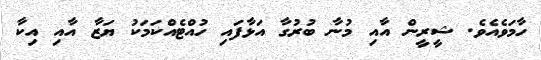
ހާމަވެއެވެ. ޝީރީން އާއި މުނާ ބުރުގާ އަޅާފައި ހުއްޓެއްކަމަކު ޔަޒާ އާއި އިކާ